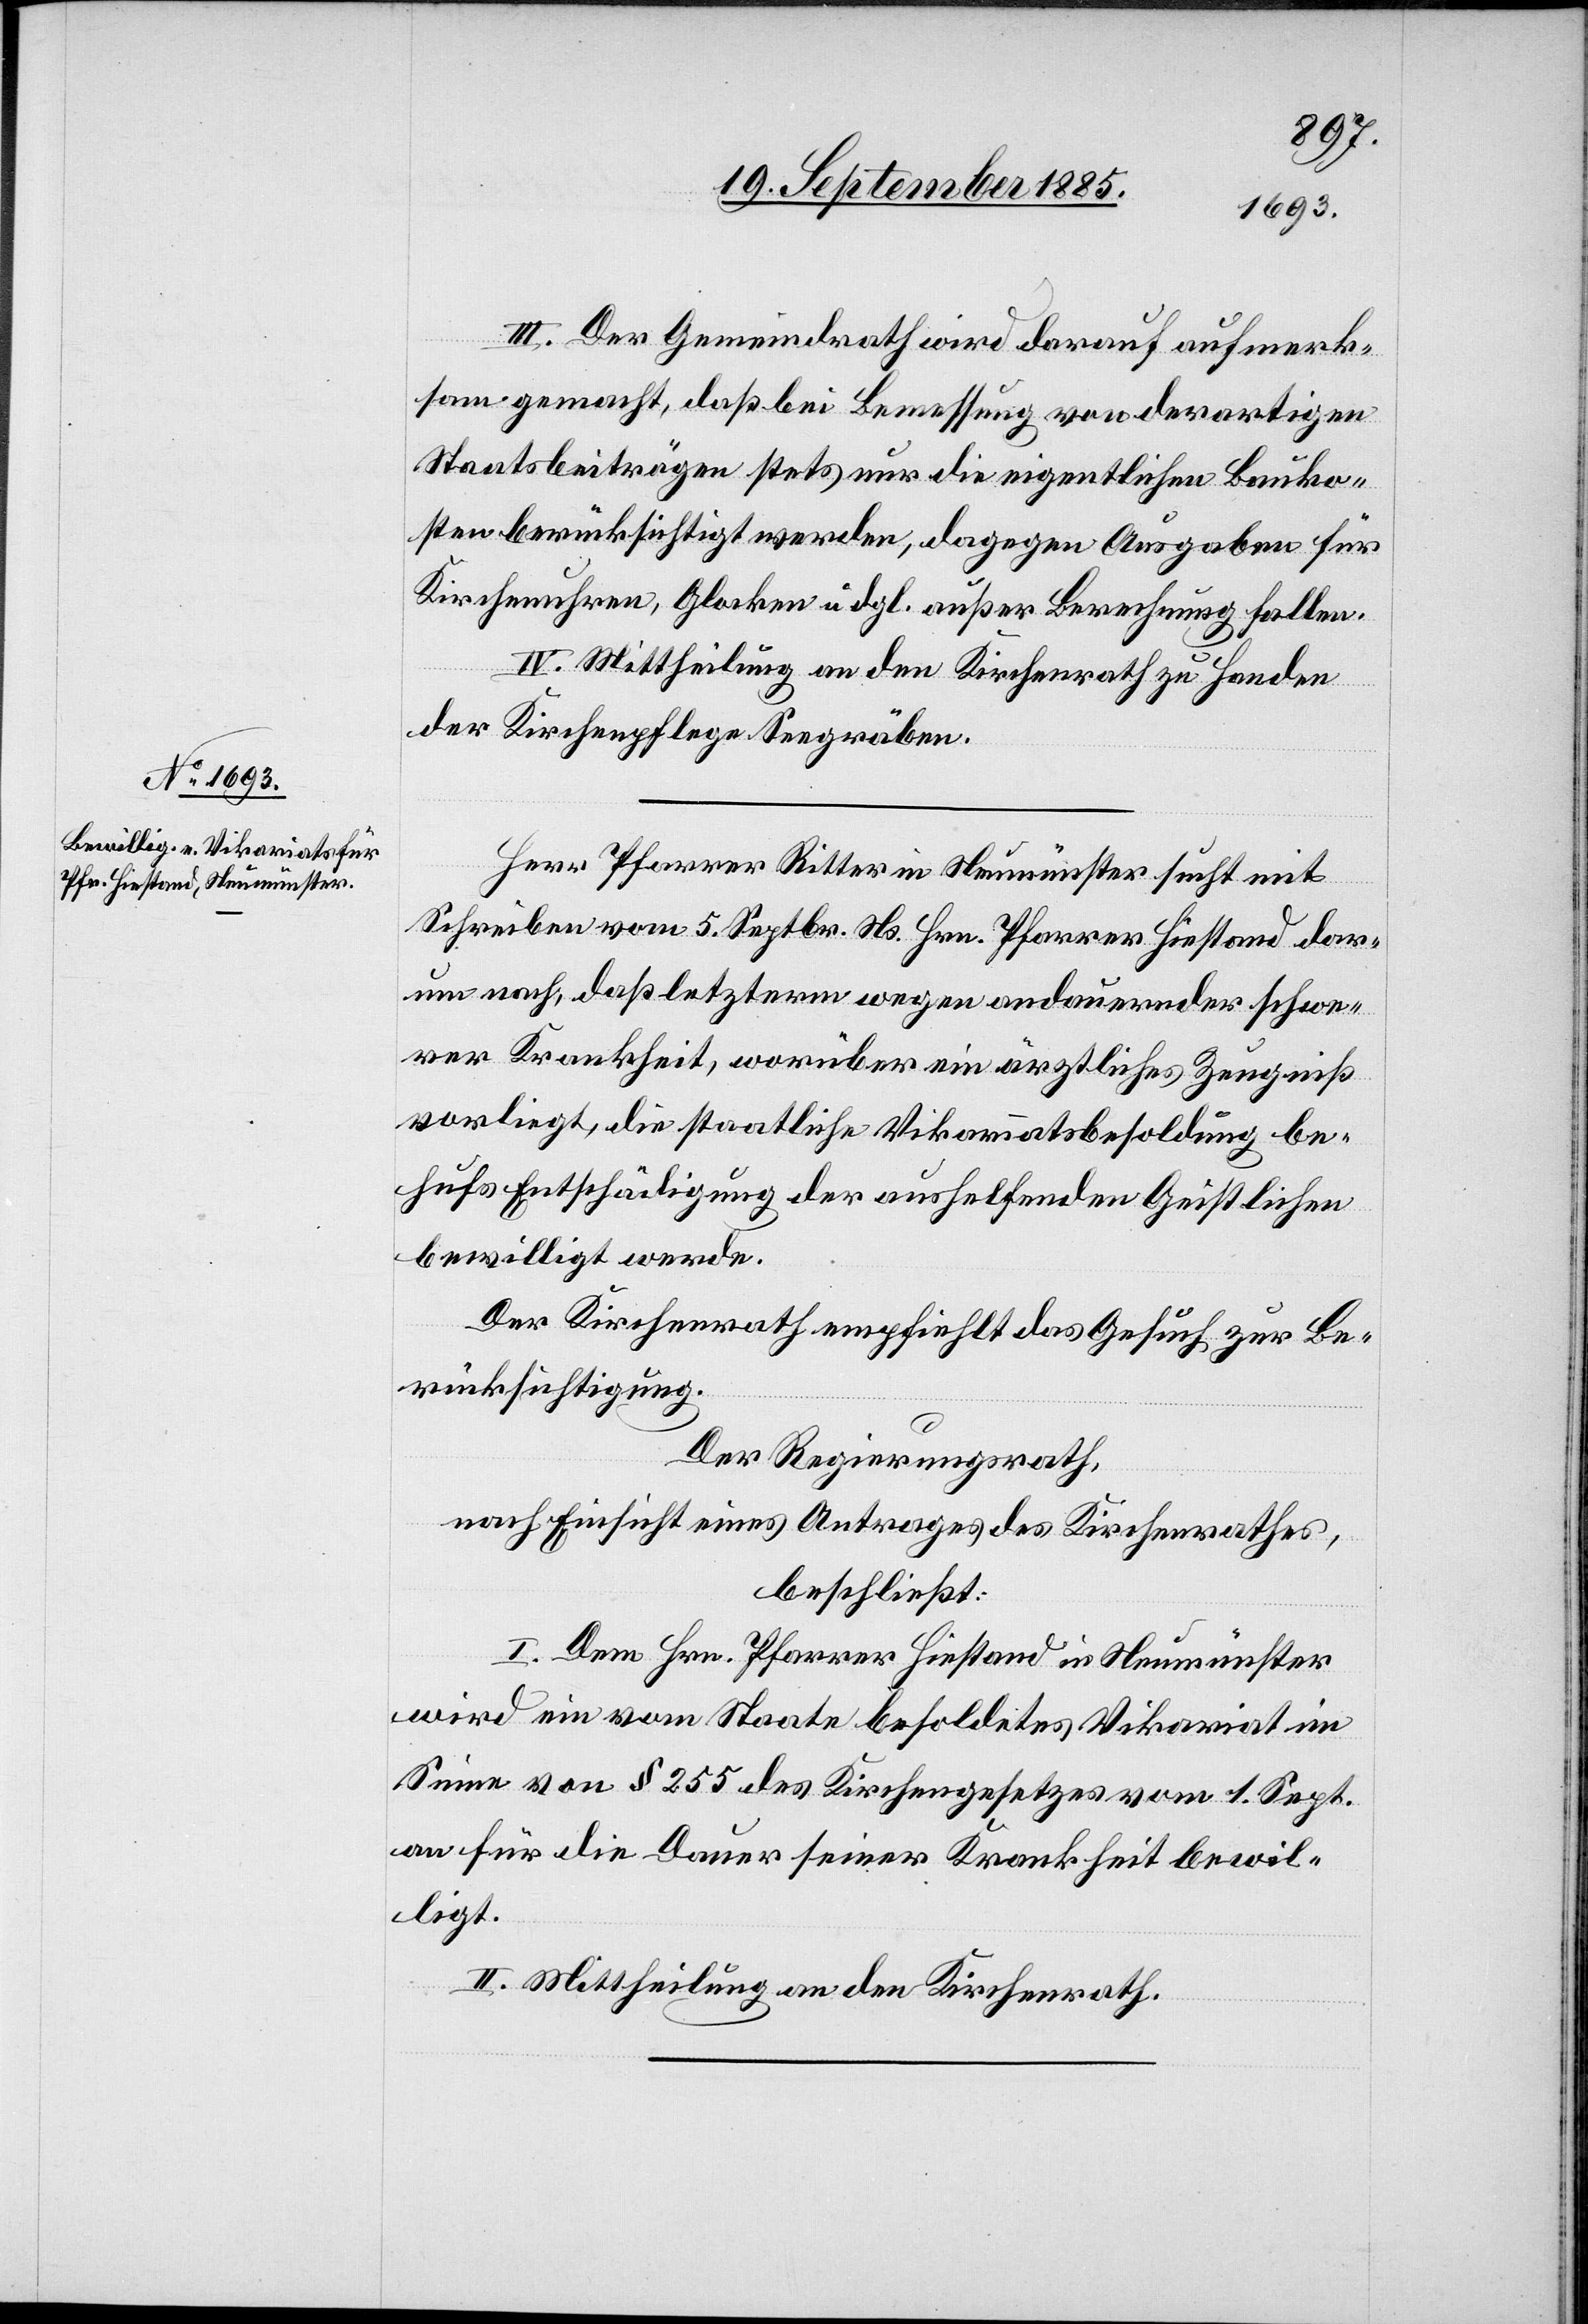
III. Der Gemeindrath wird darauf aufmerk¬
sam gemacht, daß bei Bemessung von derartigen
Staatsbeiträgen stets nur die eigentlichen Bauko¬
sten berücksichtigt werden, dagegen Ausgaben für
Kirchenuhren, Glocken u. dgl. außer Berechnung fallen.
IV. Mittheilung an den Kirchenrath zu Handen
der Kirchenpflege Seegräben.
Herr Pfarrer Ritter in Neumünster sucht mit
Schreiben vom 5. Septbr. Ns. Hrn. Pfarrer Hiestand dar¬
um nach, daß letzterm wegen andauernder schwe¬
rer Krankheit, worüber ein ärztliches Zeugniß
vorliegt, die staatliche Vikariatsbesoldung be¬
hufs Entschädigung der aushelfenden Geistlichen
bewilligt werde.
Der Kirchenrath empfiehlt das Gesuch zur Be¬
rücksichtigung.
Der Regierungsrath,
nach Einsicht eines Antrages des Kirchenrathes,
beschließt:
I. Dem Hrn. Pfarrer Hiestand in Neumünster
wird ein vom Staate besoldetes Vikariat im
Sinne von § 255 des Kirchengesetzes vom 1. Sept.
an für die Dauer seiner Krankheit bewil¬
ligt.
II. Mittheilung an den Kirchenrath.